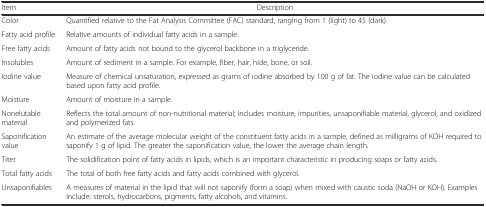
| Item | Description |
 | --- | --- |
 | Color | Quantified relative to the Fat Analysis Committee (FAC) standard, ranging from 1 (light) to 45 (dark). |
 | Fatty acid profile | Relative amounts of individual fatty acids in a sample. |
 | Free fatty acids | Amount of fatty acids not bound to the glycerol backbone in a triglyceride. |
 | Insolubles | Amount of sediment in a sample. For example, fiber, hair, hide, bone, or soil. |
 | Iodine value | Measure of chemical unsaturation, expressed as grams of iodine absorbed by 100 g of fat. The iodine value can be calculated based upon fatty acid profile. |
 | Moisture | Amount of moisture in a sample. |
 | Nonelutable material | Reflects the total amount of non-nutritional material; includes moisture, impurities, unsaponifiable material, glycerol, and oxidized and polymerized fats. |
 | Saponification value | An estimate of the average molecular weight of the constituent fatty acids in a sample, defined as milligrams of KOH required to saponify 1 g of lipid. The greater the saponification value, the lower the average chain length. |
 | Titer | The solidification point of fatty acids in lipids, which is an important characteristic in producing soaps or fatty acids. |
 | Total fatty acids | The total of both free fatty acids and fatty acids combined with glycerol. |
 | Unsaponifiables | A measures of material in the lipid that will not saponify (form a soap) when mixed with caustic soda (NaOH or KOH). Examples include: sterols, hydrocarbons, pigments, fatty alcohols, and vitamins. |